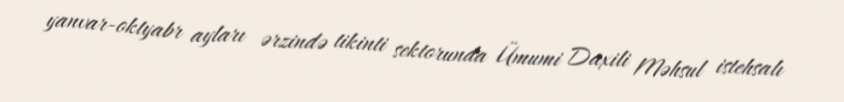
yanvar-oktyabr ayları ərzində tikinti sektorunda Ümumi Daxili Məhsul istehsalı